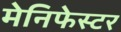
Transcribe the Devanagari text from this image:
मेनिफेस्टर